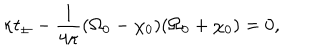
LaTeX: \kappa t _ { \pm } - \frac { 1 } { 4 \kappa } ( \Omega _ { 0 } - \chi _ { 0 } ) ( \Omega _ { 0 } + \chi _ { 0 } ) = 0 ,